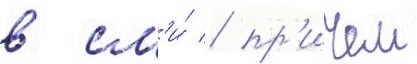
в см'и́ / пр'ичем